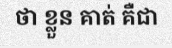
ថា ខ្លួន គាត់ គឺជា